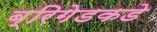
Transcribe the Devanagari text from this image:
ब्रिगेडकडे